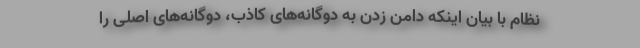
نظام با بیان اینکه دامن زدن به دوگانه‌های کاذب، دوگانه‌های اصلی را